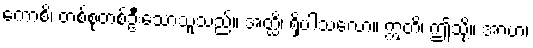
ကောစိ၊ တစ်စုံတစ်ဦးသောသူသည်။ အတ္ထိ၊ ရှိပါသလော။ ဣတိ၊ ဤသို့။ အာဟ၊